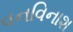
વનવિનાશ